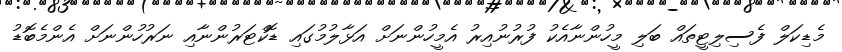
މެޑިކަލް ފެސިލިޓީތައް ބަލި މީހުންނާއެކު ފުރުނުއިރު އެމީހުންނަށް އަޅާލުމުގައި ޑޮކްޓަރުންނާއި ނަރުހުންނަށް އެންމެބޮޑު